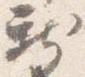
新